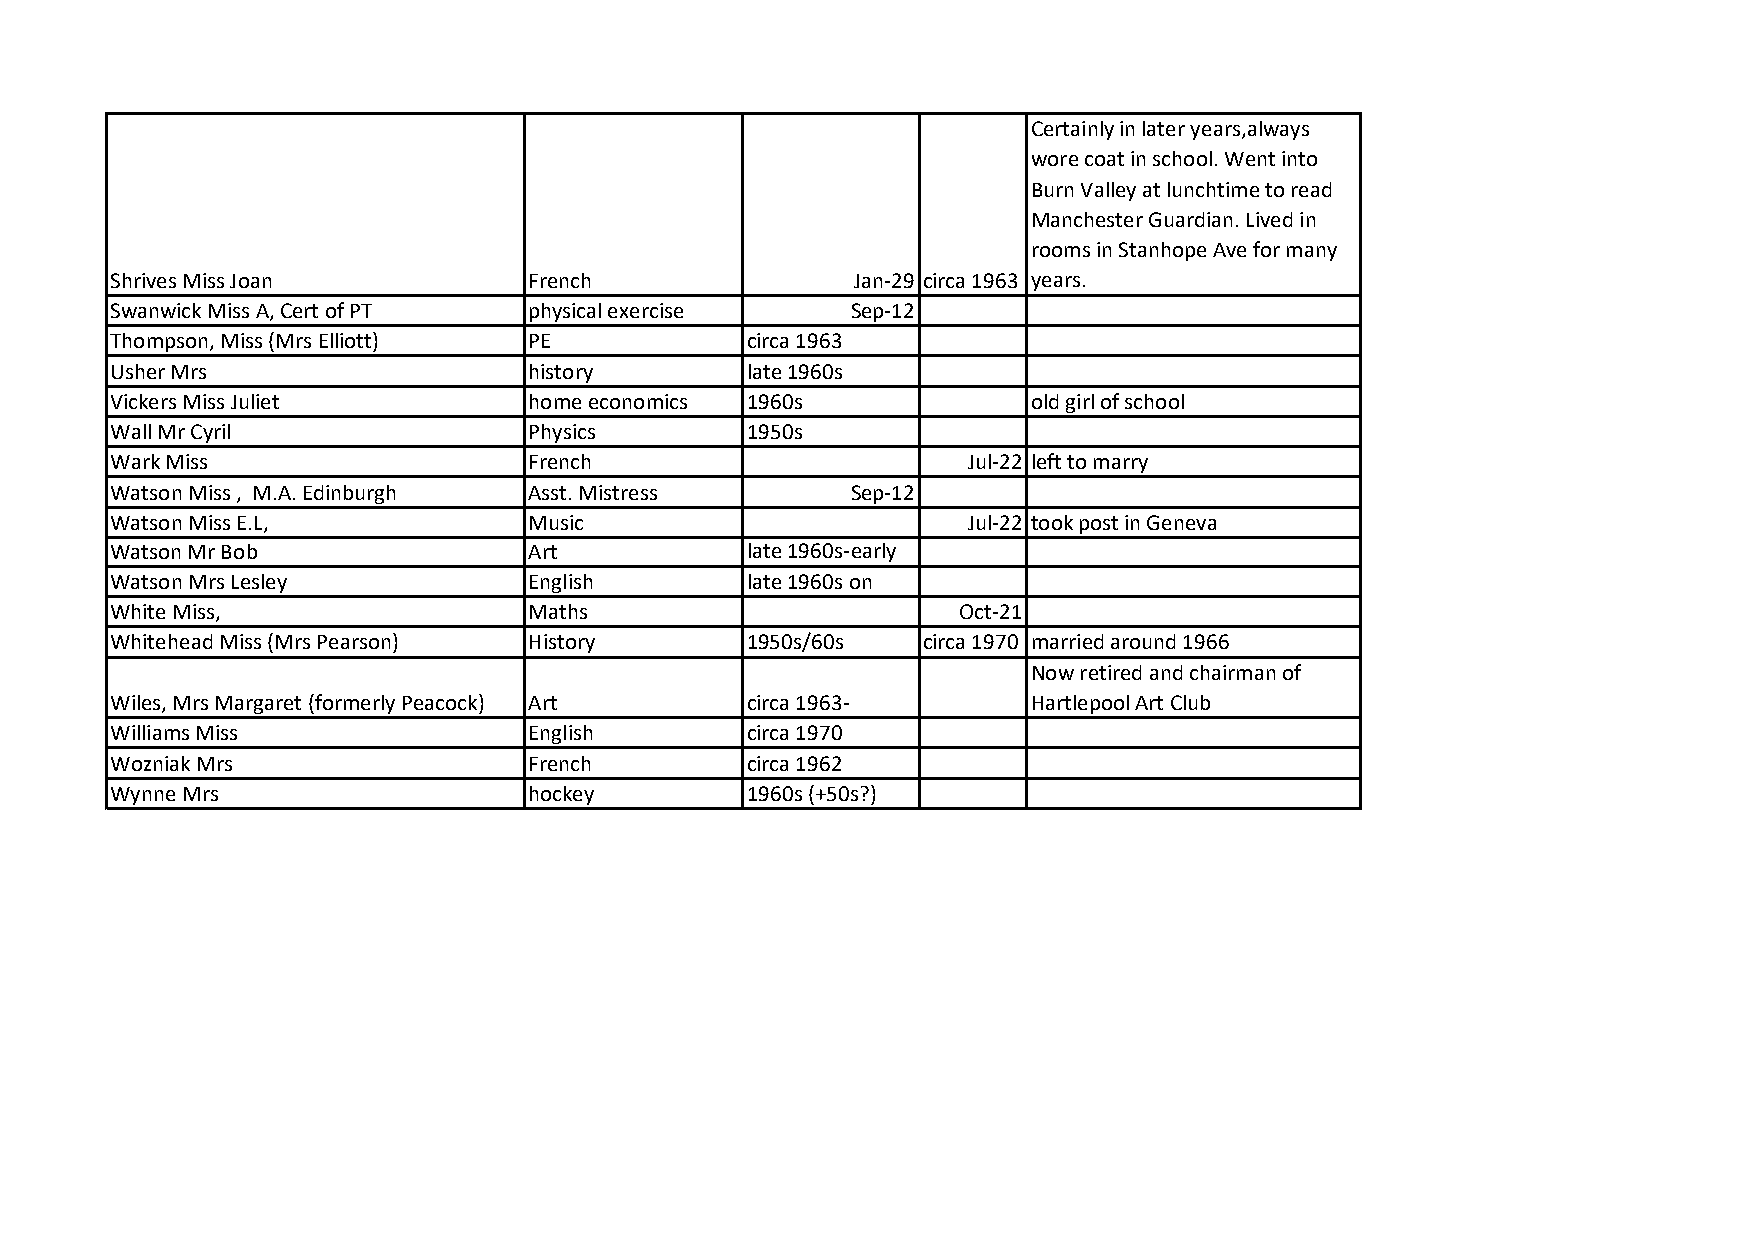
Certainly in later years,always
 wore coat in school. Went into
 Burn Valley at lunchtime to read
 Manchester Guardian. Lived in
 rooms in Stanhope Ave for many
 Shrives Miss Joan           French                Jan-29 circa 1963 years.
 Swanwick Miss A, Cert of PT physical exercise    Sep-12
 Thompson, Miss (Mrs Elliott) PE           circa 1963
 Usher Mrs                   history       late 1960s
 Vickers Miss Juliet         home economics 1960s             old girl of school
 Wall Mr Cyril               Physics       1950s
 Wark Miss                   French                       Jul-22 left to marry
 Watson Miss , M.A. Edinburgh Asst. Mistress      Sep-12
 Watson Miss E.L,            Music                        Jul-22 took post in Geneva
 Watson Mr Bob               Art           late 1960s-early
 Watson Mrs Lesley           English       late 1960s on
 White Miss,                 Maths                       Oct-21
 Whitehead Miss (Mrs Pearson) History      1950s/60s   circa 1970 married around 1966
 Now retired and chairman of
 Wiles, Mrs Margaret (formerly Peacock) Art circa 1963-       Hartlepool Art Club
 Williams Miss               English       circa 1970
 Wozniak Mrs                 French        circa 1962
 Wynne Mrs                   hockey        1960s (+50s?)